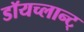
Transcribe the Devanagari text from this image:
डॉयच्लान्ट्